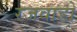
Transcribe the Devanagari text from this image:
रजवाडो